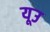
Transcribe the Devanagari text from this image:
यूउ